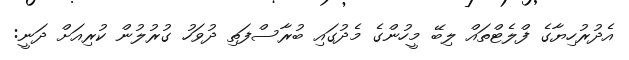
އެދުރުހިޔާގެ ފްލެޓްތައް ލިބޭ މީހުންގެ މެދުގައި ބުރާސްފަތި ދުވަހު ގުރުލުން ކުރިއަށް ދަނީ: